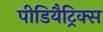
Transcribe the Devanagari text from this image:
पीडियैट्रिक्स